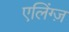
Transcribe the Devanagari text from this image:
एलिंग्ज़